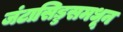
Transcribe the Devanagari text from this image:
जंटासिड्डसमधून